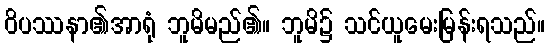
ဝိပဿနာ၏အာရုံ ဘူမိမည်၏။ ဘူမိ၌ သင်ယူမေးမြန်းရသည်။